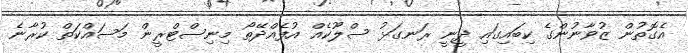
އެގޮތުން ޒުވާނުންގެ ކިބައިގައި ދީނީ ރަނގަޅު ސްލޫކެއް އުފެއްދޭތޯ މިނިސްޓްރީން މަސައްކަތް ކުރާނެ